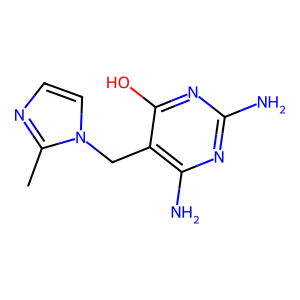
SMILES: Cc1nccn1Cc1c(N)nc(N)nc1O
Inhibits HIV replication: No